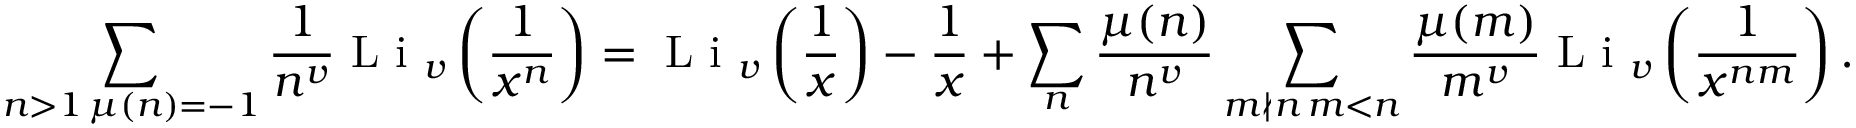
\sum _ { \substack { n > 1 \, \mu ( n ) = - 1 } } \frac { 1 } { n ^ { v } } \textnormal { L i } _ { v } \left( \frac { 1 } { x ^ { n } } \right) = \textnormal { L i } _ { v } \left( \frac { 1 } { x } \right) - \frac { 1 } { x } + \sum _ { n } \frac { \mu ( n ) } { n ^ { v } } \sum _ { \substack { m \nmid n \, m < n } } \frac { \mu ( m ) } { m ^ { v } } \textnormal { L i } _ { v } \left( \frac { 1 } { x ^ { n m } } \right) .